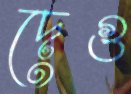
দেগু